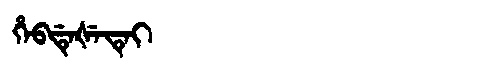
Manchu: ᡥᡝᠪᡩᡝᡧᡝᡨᡝᡳ
Romanization: HEBDEŠETEI